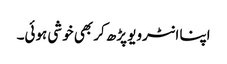
اپنا انٹرویو پڑھ کر بھی خوشی ہوئی۔